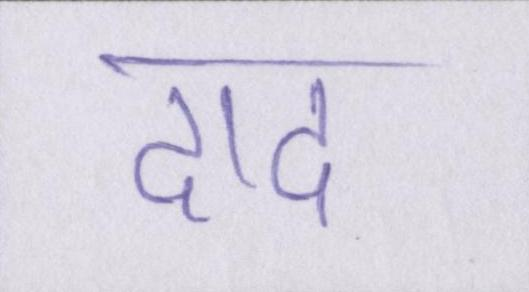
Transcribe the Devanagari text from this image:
दाद